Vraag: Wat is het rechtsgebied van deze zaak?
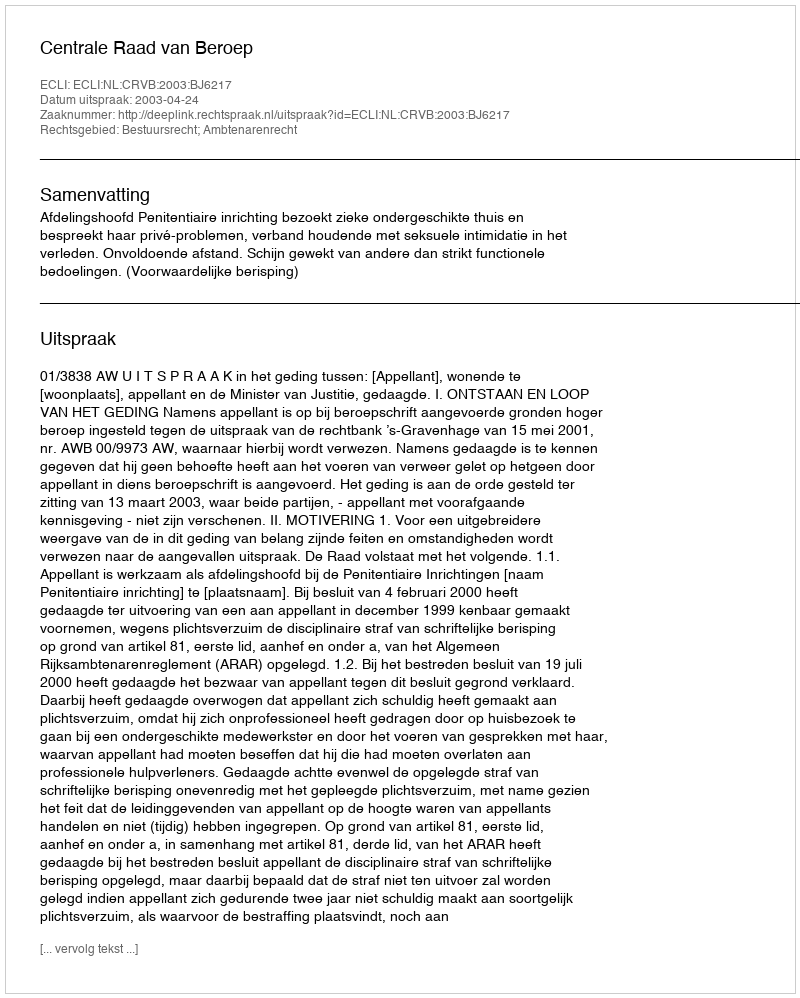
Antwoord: Bestuursrecht; Ambtenarenrecht